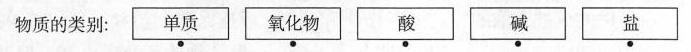
物质的类别：单质 氧化物 酸 碱 盐